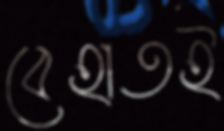
বেহাতই